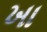
ખા